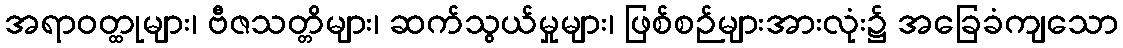
အရာဝတ္ထုများ၊ ဗီဇသတ္တိများ၊ ဆက်သွယ်မှုများ၊ ဖြစ်စဉ်များအားလုံး၌ အခြေခံကျသော